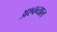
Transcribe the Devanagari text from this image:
अश्वव्याल